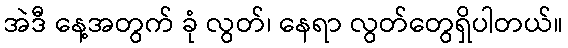
အဲဒီ နေ့အတွက် ခုံ လွတ်၊ နေရာ လွတ်တွေရှိပါတယ်။